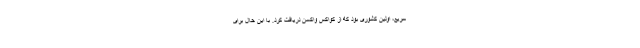
سریع، اولین کشوری بود که از کواکس واکسن دریافت کرد. با این حال برای